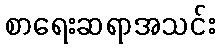
စာရေးဆရာအသင်း